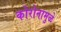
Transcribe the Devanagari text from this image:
कोरोनामुळे